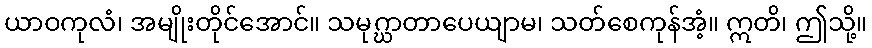
ယာဝကုလံ၊ အမျိုးတိုင်အောင်။ သမုဂ္ဃာတာပေယျာမ၊ သတ်စေကုန်အံ့။ ဣတိ၊ ဤသို့။